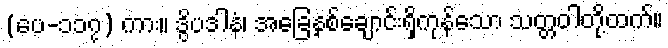
(ပေ-၁၁၇) ကား။ ဒွိပဒါနံ၊ အခြေနှစ်ချောင်းရှိကုန်သော သတ္တဝါတို့ထက်။